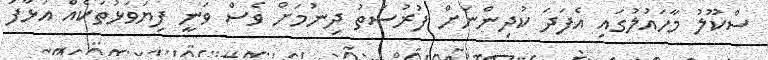
ސްކޫލު މާހައުލުގައި އެފަދަ ކުދިންނަށް ފުރުސަތު ދިނުމަށް ވެސް ވަނީ ފިޔަވަޅުތަކެއް އަޅާފަ